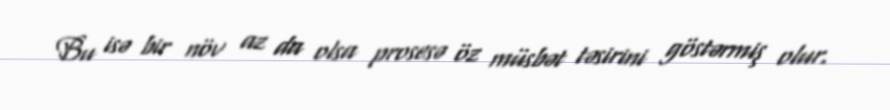
Bu isə bir növ az da olsa prosesə öz müsbət təsirini göstərmiş olur.